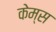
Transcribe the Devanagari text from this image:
केम्स